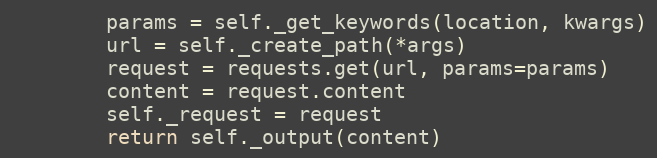
Language: Python
        params = self._get_keywords(location, kwargs)
        url = self._create_path(*args)
        request = requests.get(url, params=params)
        content = request.content
        self._request = request
        return self._output(content)